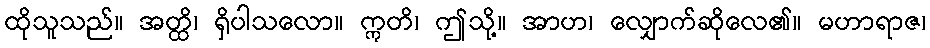
ထိုသူသည်။ အတ္ထိ၊ ရှိပါသလော။ ဣတိ၊ ဤသို့။ အာဟ၊ လျှောက်ဆိုလေ၏။ မဟာရာဇ၊